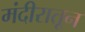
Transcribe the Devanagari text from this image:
मंदीरातून